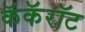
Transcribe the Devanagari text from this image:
कॅकॅरॉट